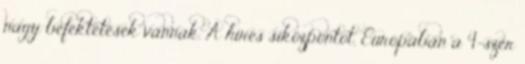
nagy befektetések vannak. A híres síközpontot, Európában a 4-szer